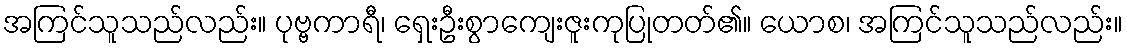
အကြင်သူသည်လည်း။ ပုဗ္ဗကာရီ၊ ရှေးဦးစွာကျေးဇူးကုပြုတတ်၏။ ယောစ၊ အကြင်သူသည်လည်း။